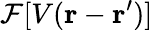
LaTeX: \mathcal{F}[V(\mathbf{r}-\mathbf{r}^{\prime})]